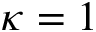
\kappa = 1